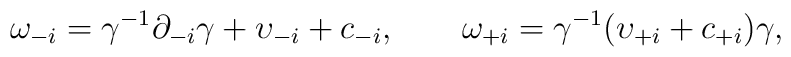
\omega_{-i} = \gamma^{-1} \partial_{-i} \gamma + \upsilon_{-i} +c_{-i}, \qquad \omega_{+i} = \gamma^{-1} (\upsilon_{+i} + c_{+i})\gamma,